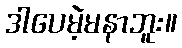
ဒါပေမဲ့မနာဘူး။